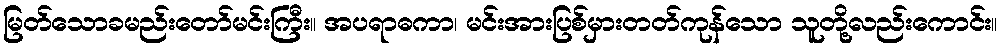
မြတ်သောခမည်းတော်မင်းကြီး။ အပရာဓကာ၊ မင်းအားပြစ်မှားတတ်ကုန်သော သူတို့လည်းကောင်း။